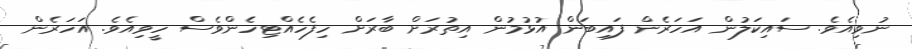
ނުވިއެވެ. ސައިކަލުން އަހަރެން ފައިބަން އުޅުމުން އިތުރަށް ބާރަށް ހިފެހެއްޓިހެންވެސް ހީވިއެވެ. އަހަރެން